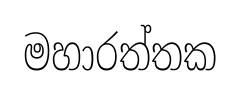
මහාරත්තක